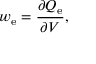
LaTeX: w _ { \mathrm { e } } = { \frac { \partial Q _ { \mathrm { e } } } { \partial V } } ,